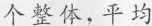
个整体，平均